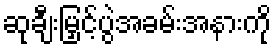
ဆုချီးမြှင့်ပွဲအခမ်းအနားကို